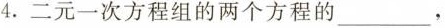
4.二元一次方程组的两个方程的___，